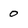
Character: 0